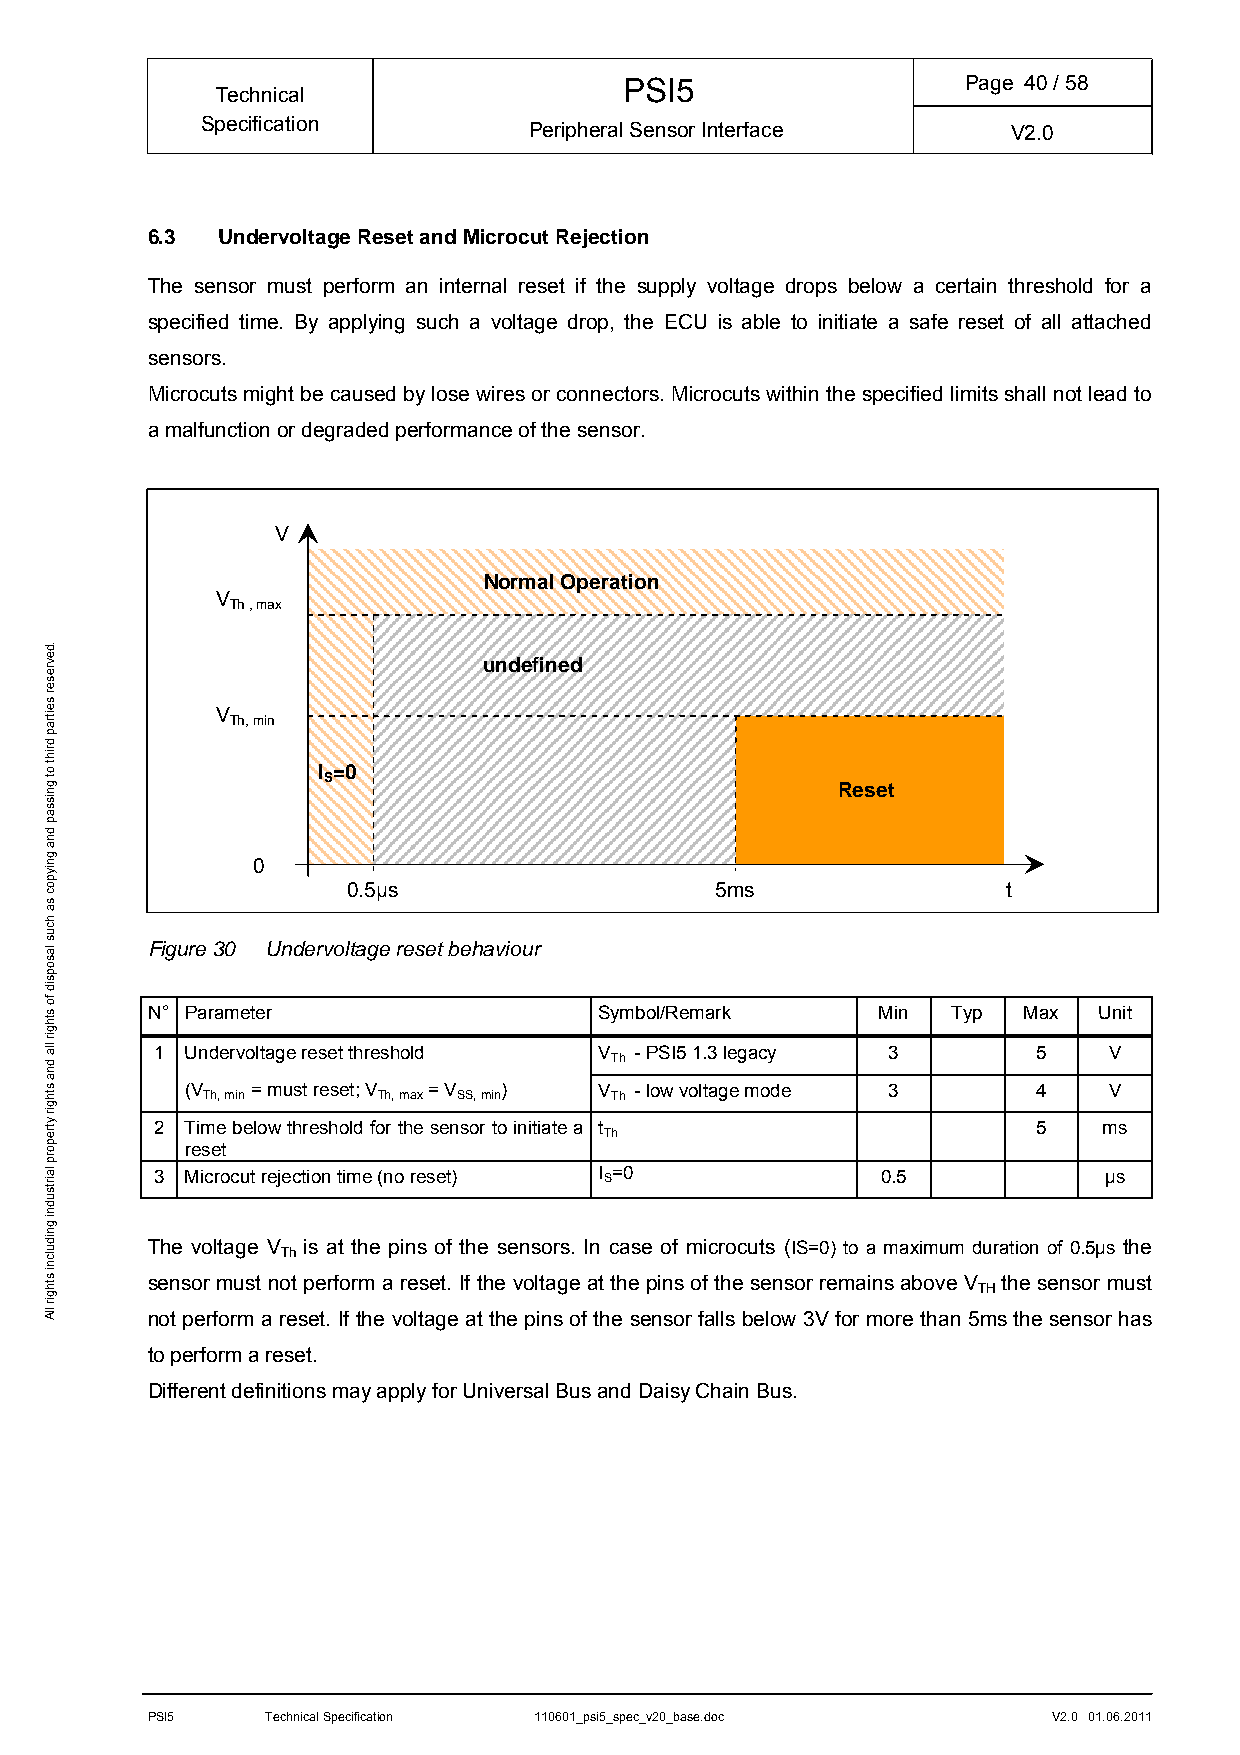
PSI5                   Page 40/ 58
 Technical
 Specification         Peripheral Sensor Interface     V2.0
 6.3 Undervoltage Reset and Microcut Rejection
 The sensor must perform an internal reset if the supply voltage drops below a certain threshold for a
 specified time. By applying such a voltage drop, the ECU is able to initiate a safe reset of all attached
 sensors.
 Microcuts might be caused by lose wires or connectors. Microcuts within the specified limits shall not lead to
 a malfunction or degraded performance of the sensor.
 V
 Normal Operation
 V
 Th , max
 undefined
 V
 Th, min
 I =0 S
 Reset
 0
 0.5µs                   5ms                 t
 Figure 30 Undervoltage reset behaviour
 N° Parameter                  Symbol/Remark     Min  Typ  Max  Unit
 1 Undervoltage reset threshold V - PSI5 1.3 legacy 3       5   V
 Th
 (V   = must reset; V = V )  V - low voltage mode 3       4   V
 Th, min     Th, max SS, min Th
 2 Time below threshold for the sensor to initiate a t      5   ms
 Th
 reset
 3 Microcut rejection time (no reset) I S=0     0.5            µs
 The voltage V is at the pins of the sensors. In case of microcuts (IS=0) to a maximum duration of 0.5µs the
 Th
 sensor must not perform a reset. If the voltage at the pins of the sensor remains above V the sensor must
 TH
 not perform a reset. If the voltage at the pins of the sensor falls below 3V for more than 5ms the sensor has
 to perform a reset.
 Different definitions may apply for Universal Bus and Daisy Chain Bus.
 PSI5    Technical Specification 110601_psi5_spec_v20_base.doc V2.0 01.06.2011
 .devreser
 seitrap
 driht
 ot
 gnissap
 dna
 gniypoc
 sa
 hcus
 lasopsid
 fo
 sthgir
 lla
 dna
 sthgir
 ytreporp
 lairtsudni
 gnidulcni
 sthgir
 llA